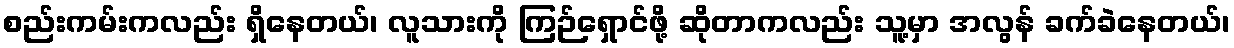
စည်းကမ်းကလည်း ရှိနေတယ်၊ လူသားကို ကြဉ်ရှောင်ဖို့ ဆိုတာကလည်း သူ့မှာ အလွန် ခက်ခဲနေတယ်၊